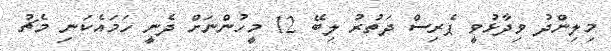
މިލިންދު ވިދާޅުވީ ޕެރިސް ދަތުރު ލިބޭ 12 މީހުންނަށް ދެނީ ހަމައެކަނި މެޗު